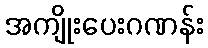
အကျိုးပေးဂဏန်း